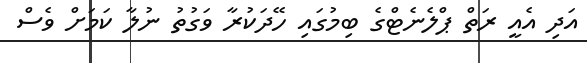
އަދި އެއީ ރަތް ޕްލެނެޓްގެ ބިމުގައި ހޭދަކުރާ ވަގުތު ނުލާ ކަމަށް ވެސް